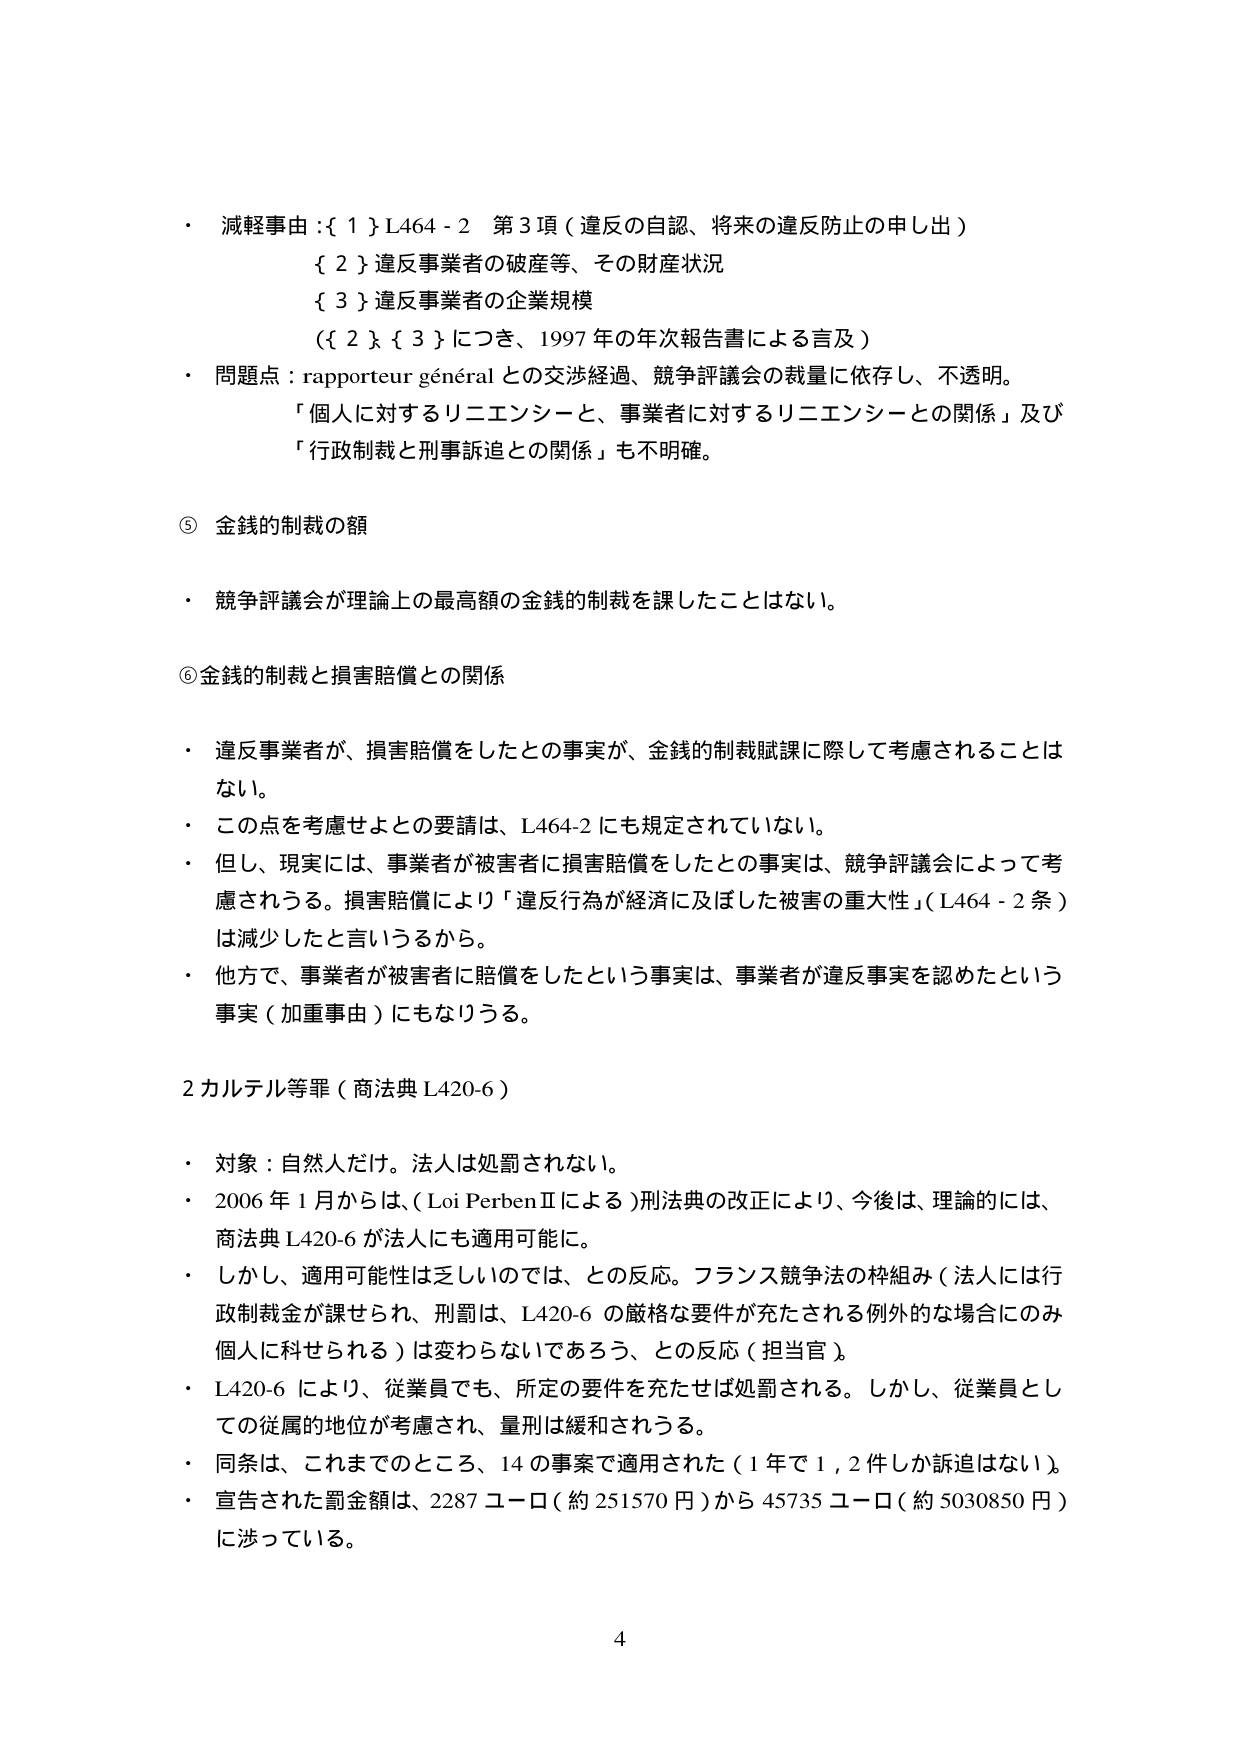
・ 減軽事由：{ 1 } L464-2 第3項（違反の自認、将来の違反防止の申し出）
　　{ 2 } 違反事業者の破産等、その財産状況
　　{ 3 } 違反事業者の企業規模
　　（{ 2 } { 3 } につき、1997年の年次報告書による言及）
・ 問題点：rapporteur général との交渉経過、競争評議会の裁量に依存し、不透明。
　　「個人に対するリニエンシーと、事業者に対するリニエンシーとの関係」及び
　　「行政制裁と刑事訴追との関係」も不明確。

⑤ 金銭的制裁の額
・ 競争評議会が理論上の最高額の金銭的制裁を課したことはない。

⑥ 金銭的制裁と損害賠償との関係
・ 違反事業者が、損害賠償をしたとの事実が、金銭的制裁賦課に際して考慮されることはない。
・ この点を考慮せよとの要請は、L464-2 にも規定されていない。
・ 但し、現実には、事業者が被害者に損害賠償をしたとの事実は、競争評議会によって考慮されうる。損害賠償により「違反行為が経済に及ぼした被害の重大性」（L464-2条）は減少したと言いうるから。
・ 他方で、事業者が被害者に賠償をしたという事実は、事業者が違反事実を認めたという事実（加重事由）にもなりうる。

2 カルテル等罪（商法典 L420-6）
・ 対象：自然人だけ。法人は処罰されない。
・ 2006年1月からは、（Loi PerbenⅡによる）刑法典の改正により、今後は、理論的には、商法典 L420-6 が法人にも適用可能に。
・ しかし、適用可能性は乏しいのでは、との反応。フランス競争法の枠組み（法人には行政制裁金が課せられ、刑罰は、L420-6 の厳格な要件が充たされる例外的な場合にのみ個人に科せられる）は変わらないであろう、との反応（担当官）。
・ L420-6 により、従業員でも、所定の要件を充たせば処罰される。しかし、従業員としての従属的地位が考慮され、量刑は緩和されうる。
・ 同条は、これまでのところ、14の事案で適用された（1年で1,2件しか訴追はない）。
・ 宣告された罰金額は、2287ユーロ（約251570円）から45735ユーロ（約5030850円）に渉っている。

4